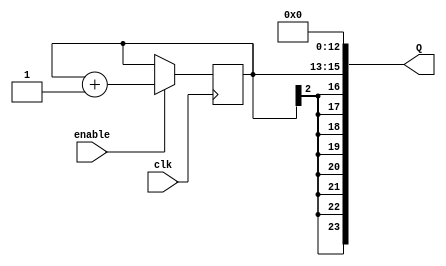
module noise_generator (clk, enable, Q);
		input clk, enable;
		output [23:0] Q;
		reg [2:0] counter;
		
		always @(posedge clk)
			if (enable) counter = counter + 1'b1;
			
		assign Q = {{8{counter[2]}}, counter, 13'd0};
endmodule